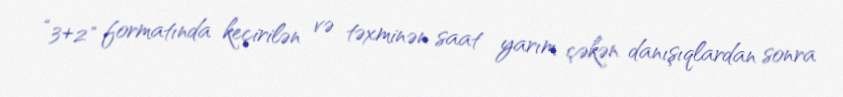
“3+2" formatında keçirilən və təxminən saat yarım çəkən danışıqlardan sonra